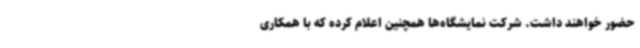
حضور خواهند داشت. شرکت نمایشگاه‌ها همچنین اعلام کرده که با همکاری